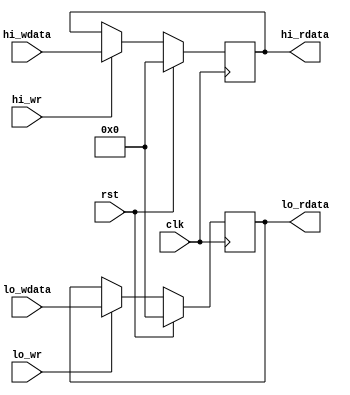
module hilo(
    input clk,
    input rst,
    
    input hi_wr,
    input lo_wr,
    input [31:0] hi_wdata,
    input [31:0] lo_wdata,
    
    output reg [31:0] hi_rdata,
    output reg [31:0] lo_rdata
);
reg [31:0] hi;
reg [31:0] lo;

always @ (posedge clk) begin
    if(rst) begin
        hi <= 32'b0;
        lo <= 32'b0;
    end
    else begin
        if(hi_wr) hi <= hi_wdata;
        if(lo_wr) lo <= lo_wdata;
    end
end

always @ (*) begin
    hi_rdata <= hi;
    lo_rdata <= lo;
end
endmodule